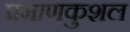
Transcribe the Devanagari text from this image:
प्रमाणकुशल